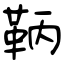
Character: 鞆